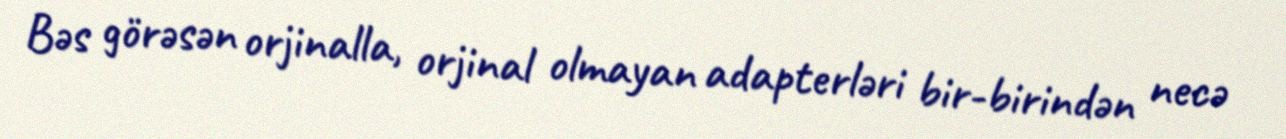
Bəs görəsən orjinalla, orjinal olmayan adapterləri bir-birindən necə